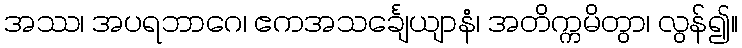
အဿ၊ အပရဘာဂေ၊ ဧကအသင်္ချေယျာနံ၊ အတိက္ကမိတွာ၊ လွန်၍။